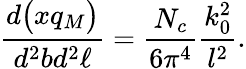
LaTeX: {\frac{d\big(xq_{M}\big)}{d^{2}bd^{2}\ell}}={\frac{N_{c}}{6\pi^{4}}}\frac{k_{0}^{2}}{l^{2}}.